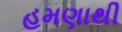
હમણાથી